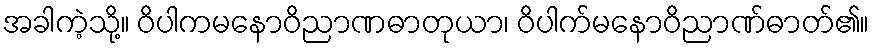
အခါကဲ့သို့။ ဝိပါကမနောဝိညာဏဓာတုယာ၊ ဝိပါက်မနောဝိညာဏ်ဓာတ်၏။